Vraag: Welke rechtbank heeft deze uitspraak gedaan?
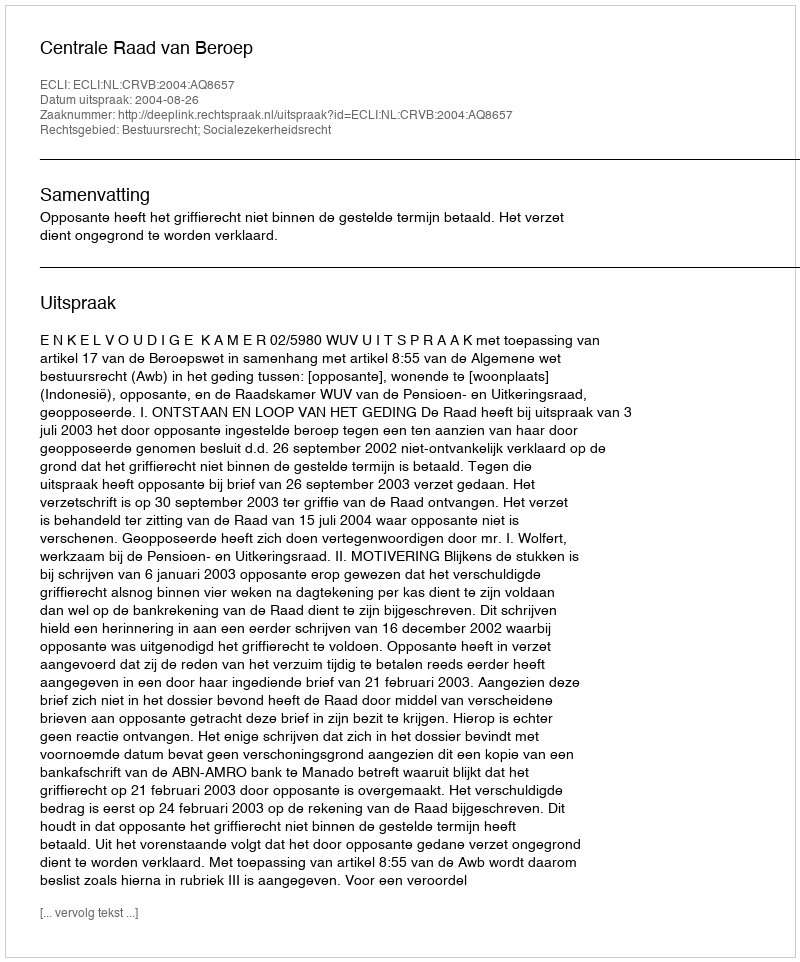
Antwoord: Centrale Raad van Beroep